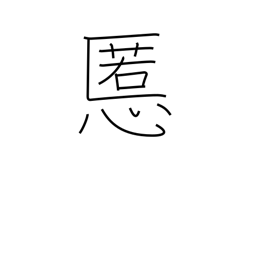
Meaning: evil